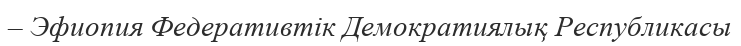
– Эфиопия Федеративтік Демократиялық Республикасы